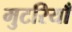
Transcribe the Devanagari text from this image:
मुटरियाँ